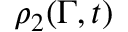
\rho _ { 2 } ( \Gamma , t )